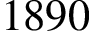
1 8 9 0